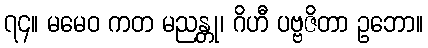
၇၄။ မမေဝ ကတ မညန္တု၊ ဂိဟီ ပဗ္ဗဇိတာ ဥဘော။